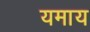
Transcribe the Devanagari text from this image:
यमाय